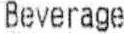
BEVERAGE